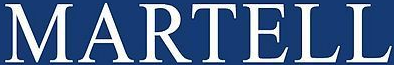
MARTELL